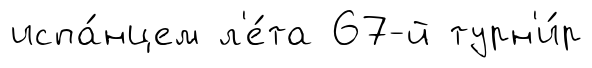
испа́нцем л'е́та 67-й турн'и́р